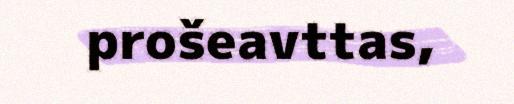
prošeavttas,